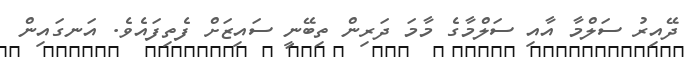
ދޭއިރު ސަލްމާ އާއި ސަލްމާގެ މާމަ ދަރިން ތިބޭނީ ސައިޒަށް ފެތިފައެވެ. އަނގައިން